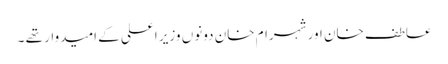
عاطف خان اور شہرام خان دونوں وزیر اعلی کے امیدوار تھے ۔